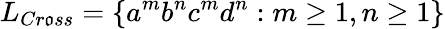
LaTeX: L_{Cr\mathfrak{o}ss}=\{ a^{m}b^{n}c^{m}d^{n}:m\geq1,n\geq1\}